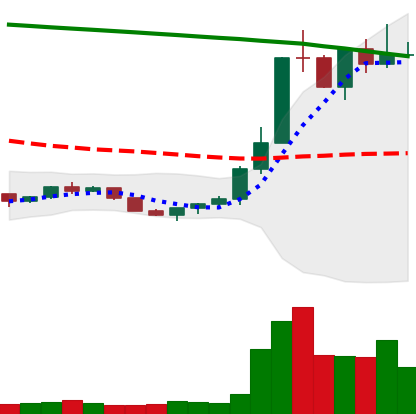
Ticker: ETC-USD
Chart end date: 2022-07-24
Forward return: 58.607%
Label: up_7plus